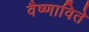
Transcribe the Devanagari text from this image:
वैष्णाविते